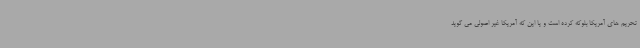
تحریم های آمریکا بلوکه کرده است و یا این که آمریکا غیر اصولی می گوید